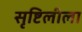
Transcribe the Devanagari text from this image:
सृष्टिलीला